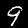
Digit: 9